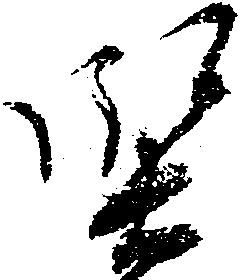
堅